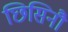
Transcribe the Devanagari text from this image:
छिसिनौ